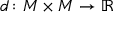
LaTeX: d \colon M \times M \rightarrow \mathbb { R }